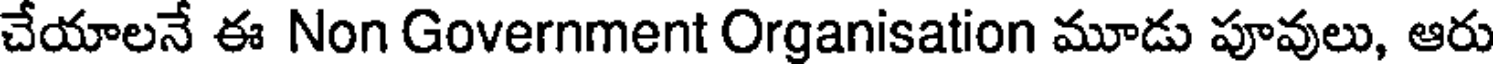
చేయాలనే ఈ Non Government Organisation మూడు పూవులు, ఆరు